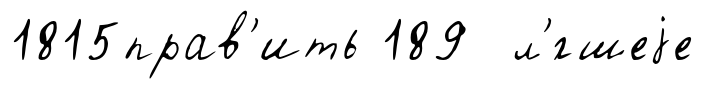
1815прав'ить 189 л'́гшеjе